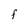
Character: F